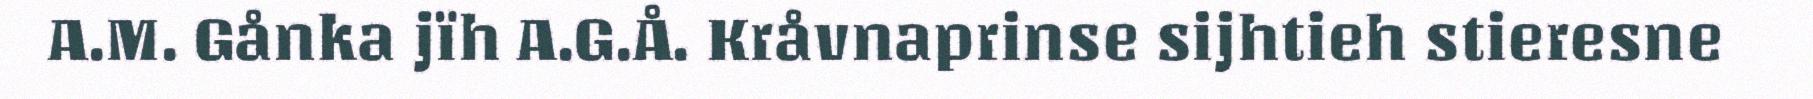
A.M. Gånka jïh A.G.Å. Kråvnaprinse sijhtieh stieresne